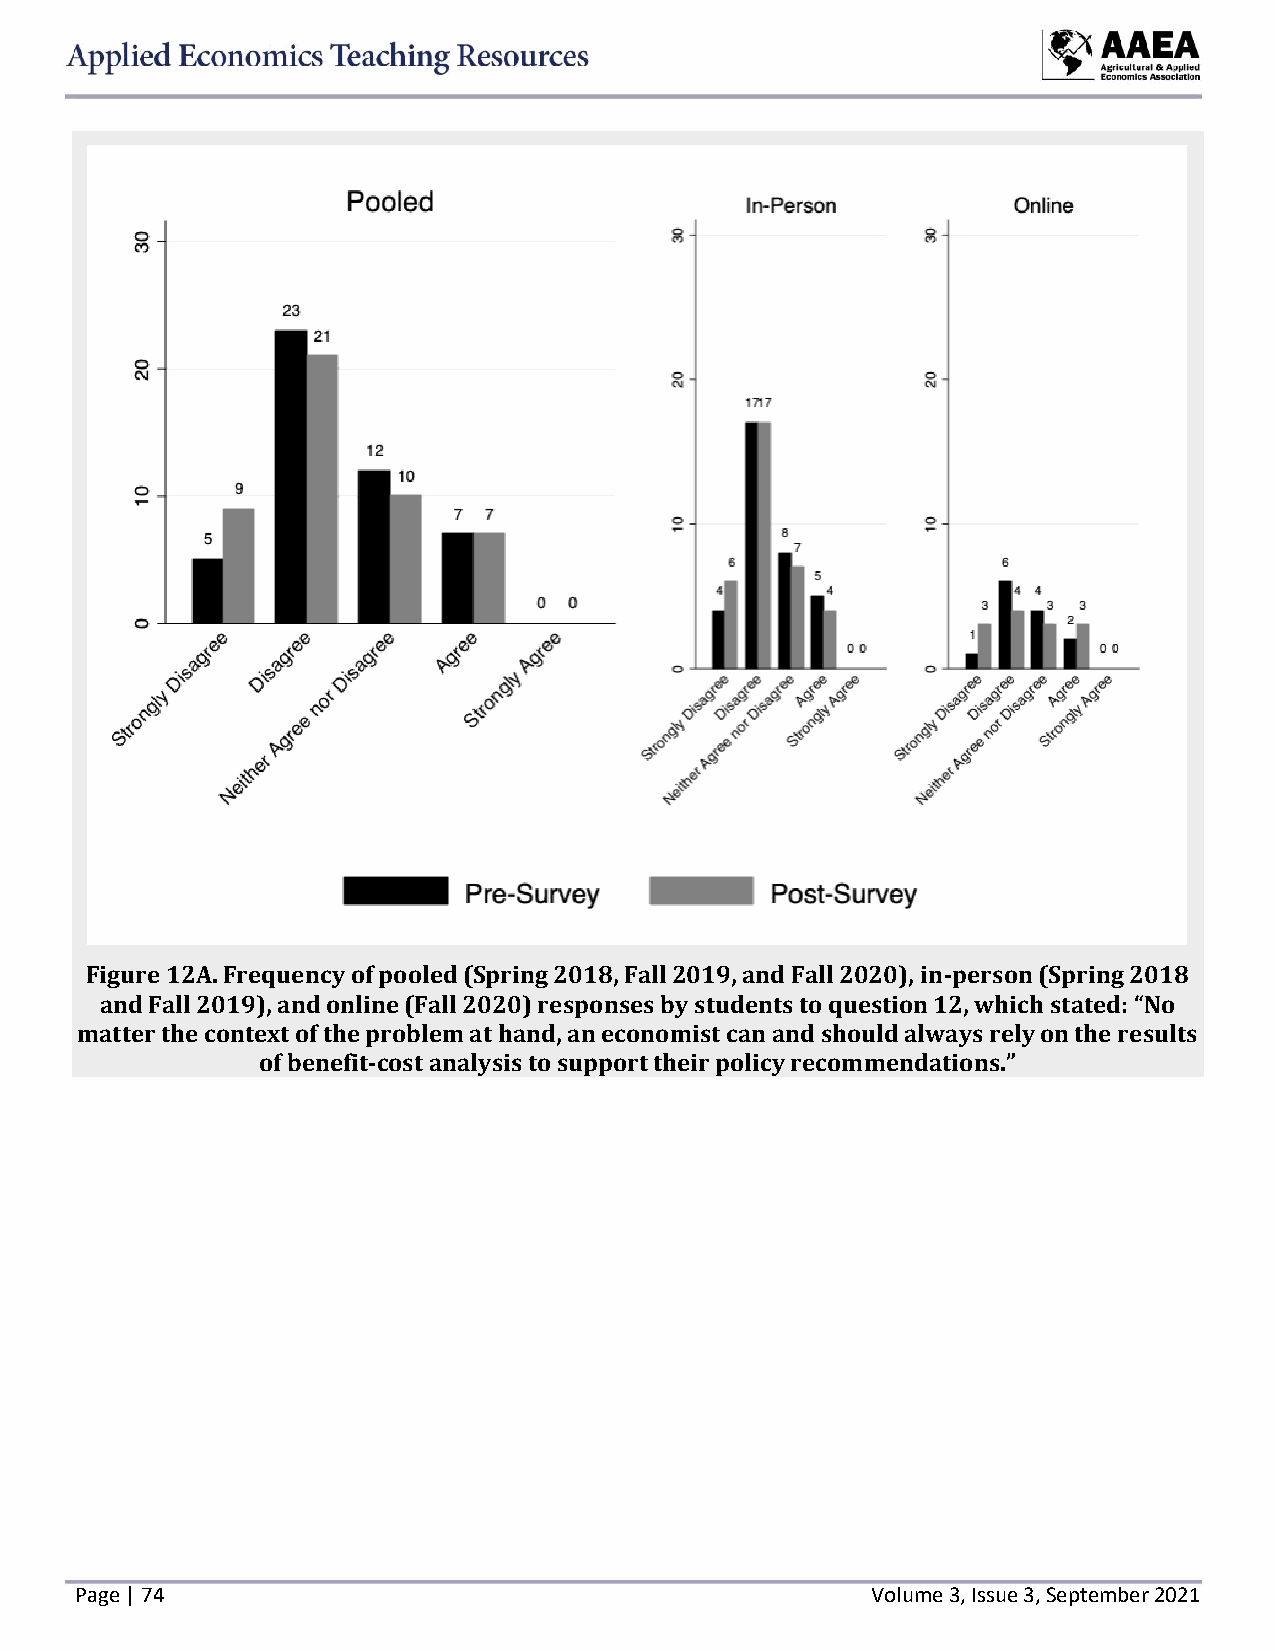
Figure 12A. Frequency of pooled (Spring 2018, Fall 2019, and Fall 2020), in-person (Spring 2018
 and Fall 2019), and online (Fall 2020) responses by students to question 12, which stated: “No
 matter the context of the problem at hand, an economist can and should always rely on the results
 of benefit-cost analysis to support their policy recommendations.”
 Page | 74                                            Volume 3, Issue 3, September 2021